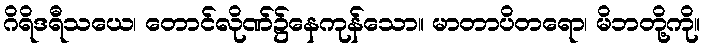
ဂိရိဒရီသယေ၊ တောင်လိုဏ်၌နေကုန်သော။ မာတာပိတရော၊ မိဘတို့ကို။